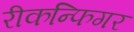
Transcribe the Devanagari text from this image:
रीकन्फिगर